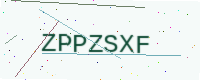
Text: ZPPZSXF